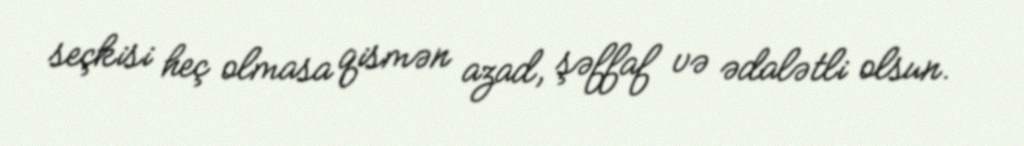
seçkisi heç olmasa qismən azad, şəffaf və ədalətli olsun.